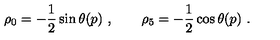
\rho _ { 0 } = - \frac { 1 } { 2 } \sin \theta ( p ) \ , \qquad \rho _ { 5 } = - \frac { 1 } { 2 } \cos \theta ( p ) \ .